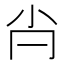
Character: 𡭙